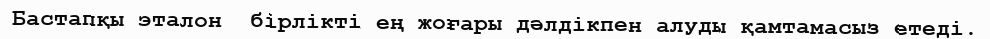
Бастапқы эталон  бірлікті ең жоғары дәлдікпен алуды қамтамасыз етеді.